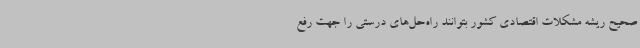
صحیح ریشه مشکلات اقتصادی کشور بتوانند راه‌حل‌های درستی را جهت رفع